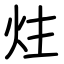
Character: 炷